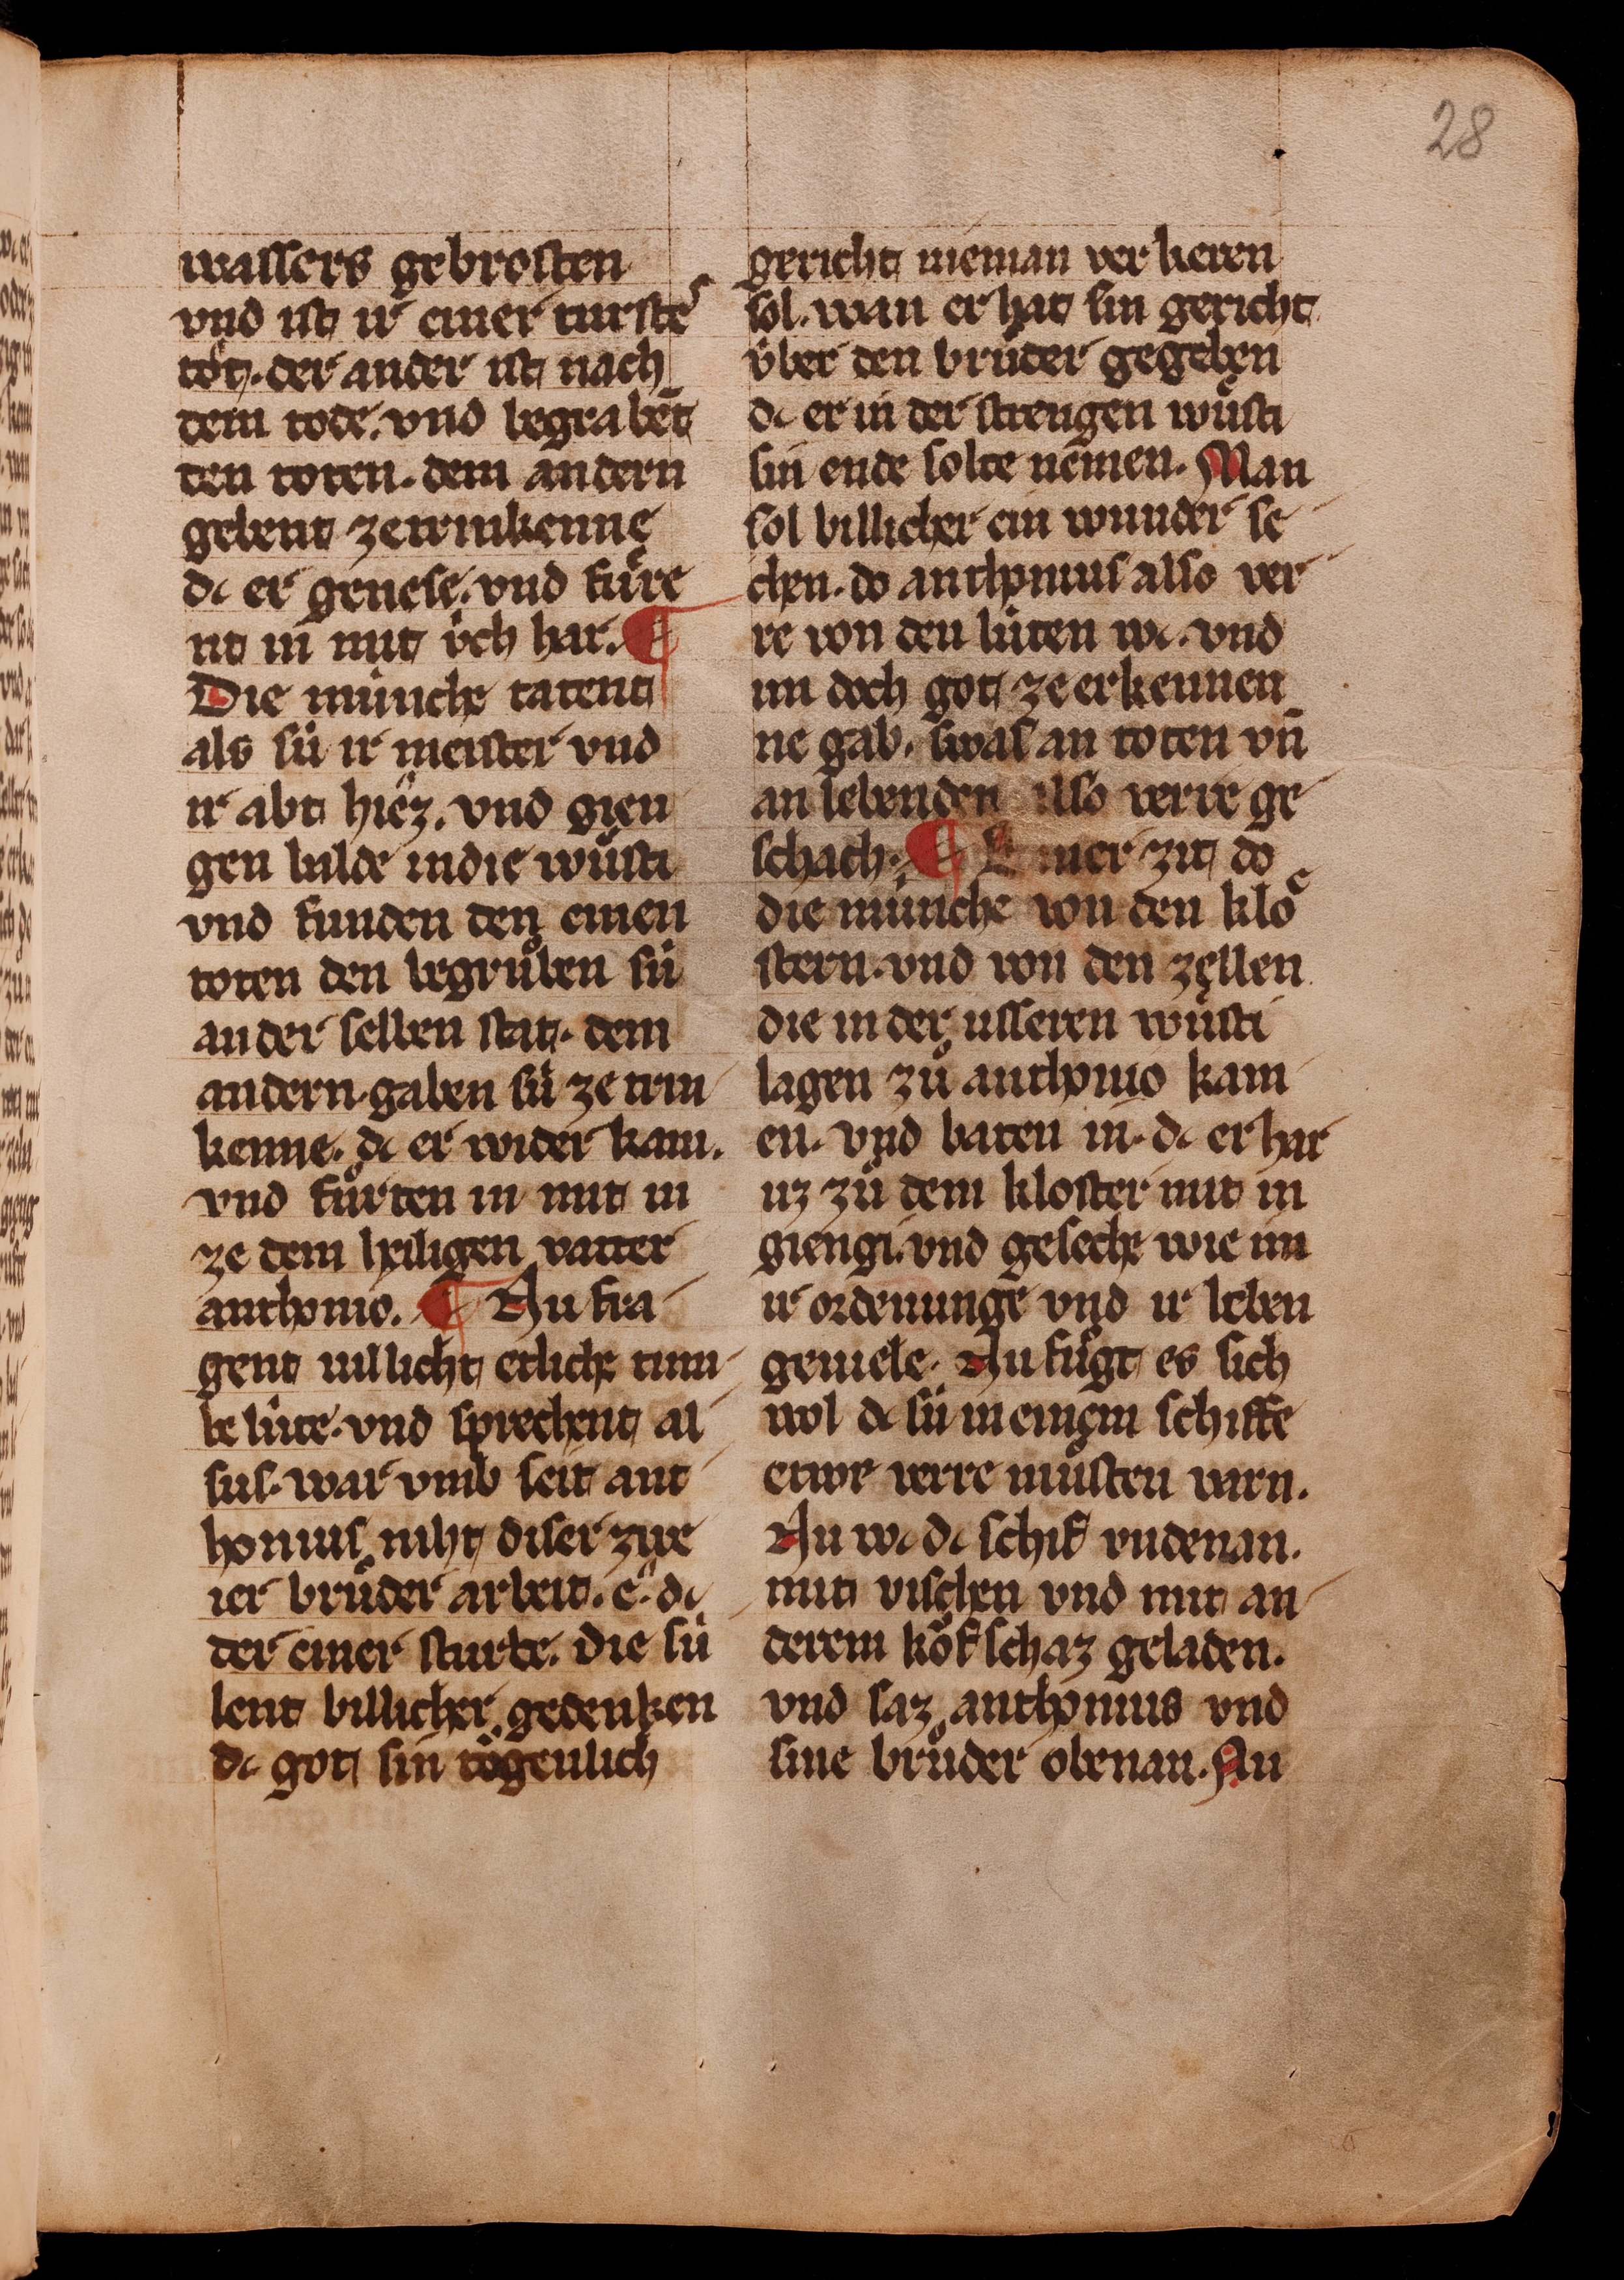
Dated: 1350–1374